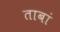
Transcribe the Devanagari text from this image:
ताबां